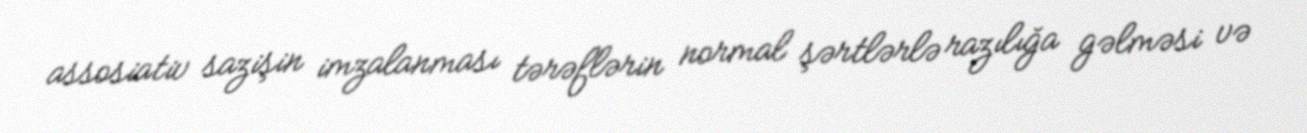
assosiativ sazişin imzalanması tərəflərin normal şərtlərlə razılığa gəlməsi və